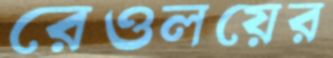
রেওলয়ের